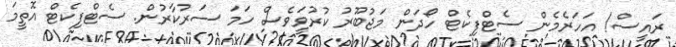
ރައީސް! އަހަރެމެން ސެޓްފިކެޓް ހޯދަން މަޖުބޫރު ކުރުވަީވެސް ހަމަ ސަރުކާރުން. ސެޓްފިކެޓް އޮތީމަ